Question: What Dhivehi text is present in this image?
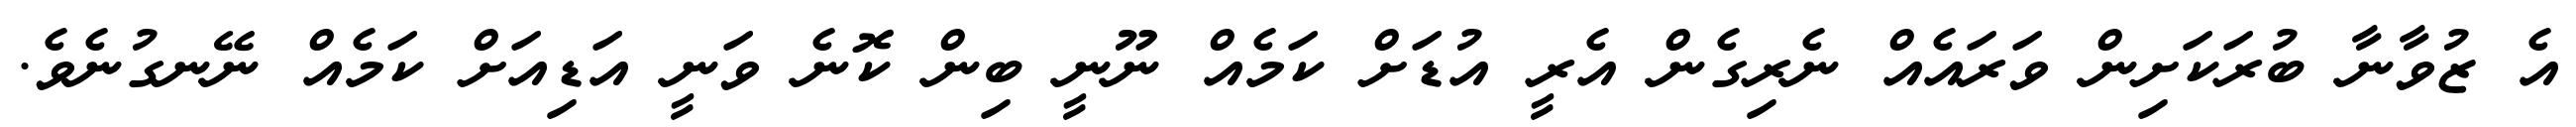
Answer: އެ ޒުވާނާ ބުރަކަށިން ވަރައެއް ނެރިގެން އެރީ އުޑަށް ކަމެއް ނޫނީ ބިން ކޮނެ ވަނީ އަޑިއަށް ކަމެއް ނޭނގުނެވެ.